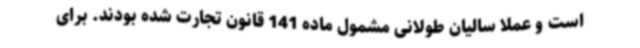
است و عملا سالیان طولانی مشمول ماده 141 قانون تجارت شده بودند. برای